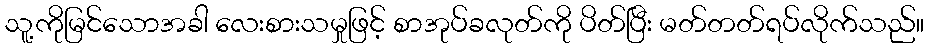
သူ့ကိုမြင်သောအခါ လေးစားသမှုဖြင့် စာအုပ်ခလုတ်ကို ပိတ်ပြီး မတ်တတ်ရပ်လိုက်သည်။